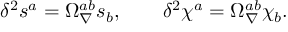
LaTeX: \delta ^ { 2 } s ^ { a } = \Omega _ { \nabla } ^ { a b } s _ { b } , \qquad \delta ^ { 2 } \chi ^ { a } = \Omega _ { \nabla } ^ { a b } \chi _ { b } .